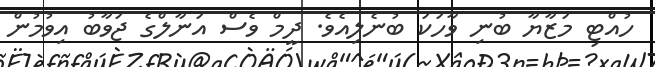
ހުއްޓި މަޒާޔާ ބުނި ވާހަކަ ބުނެލިއެވެ. ދީމް ވެސް އަނާލްގެ ޖަވާބު އިވުމުން